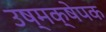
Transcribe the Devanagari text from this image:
उष्मक्षेपक